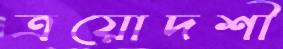
ত্রয়োদশী